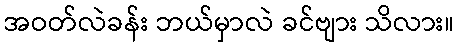
အဝတ်လဲခန်း ဘယ်မှာလဲ ခင်ဗျား သိလား။